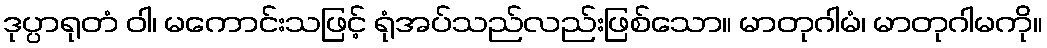
ဒုပ္ပာရုတံ ဝါ၊ မကောင်းသဖြင့် ရုံအပ်သည်လည်းဖြစ်သော။ မာတုဂါမံ၊ မာတုဂါမကို။